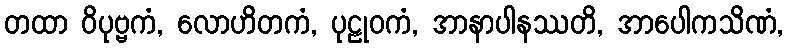
တထာ ဝိပုဗ္ဗကံ, လောဟိတကံ, ပုဠုဝကံ, အာနာပါနဿတိ, အာပေါကသိဏံ,